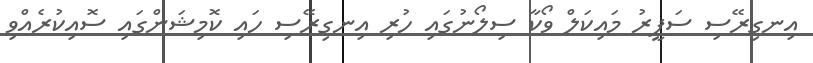
އިނގިރޭސި ސަފީރު މައިކަލް ވޯކާ ސިލޯނުގައި ހުރި އިނގިރޭސި ހައި ކޮމިޝަންގައި ސޮއިކުރެއްވި